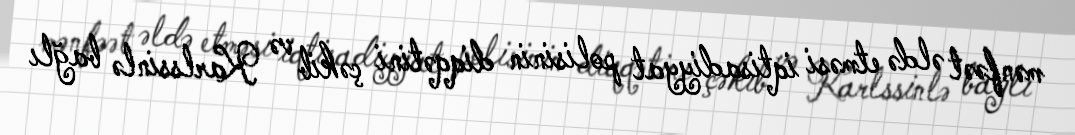
mənfəət əldə etməsi iqtisadiyyat polisinin diqqətini çəkib və Karlssinlə bağlı